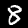
Digit: 8